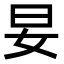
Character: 妟